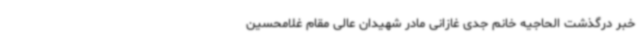
خبر درگذشت الحاجیه خانم جدی غازانی مادر شهیدان عالی مقام غلامحسین